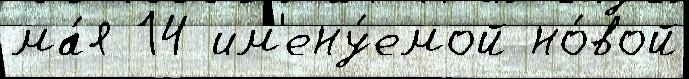
ма́я 14 им'ену́емой но́вой